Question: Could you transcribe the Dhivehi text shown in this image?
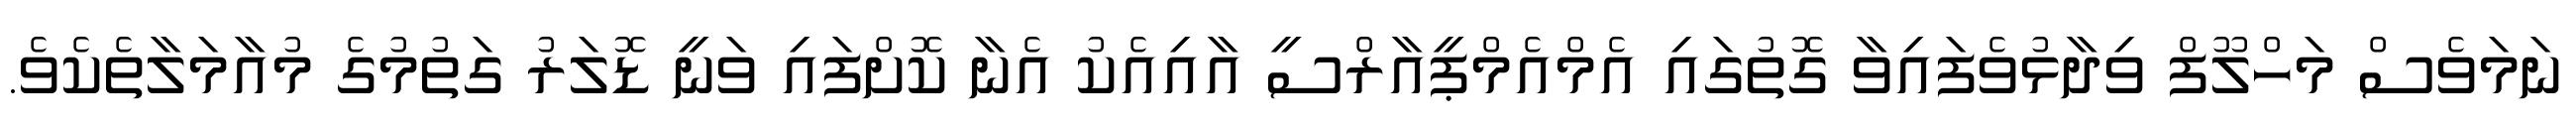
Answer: ނަމަވެސް މަހްލޫފް ވިދާޅުވެފައިވާ ގޮތުގައި އެމްއެމްޕީއާރްސީ އާއިއެކު އެނާ ކޮށްފައި ވަނީ ޑޮލަރު ގަތުމުގެ މުއާމަލާތެކެވެ.